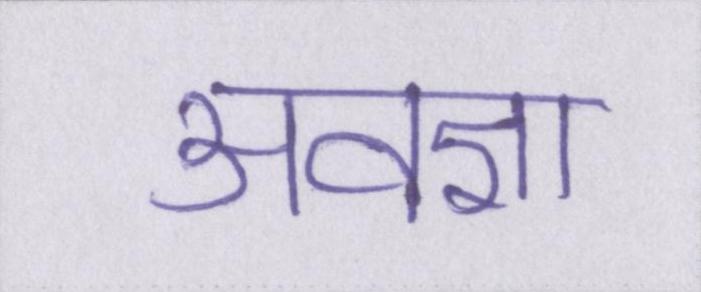
अवज्ञा